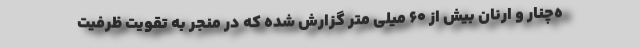
ه‌چنار و ارنان بیش از ۶۰ میلی متر گزارش شده که در منجر به تقویت ظرفیت